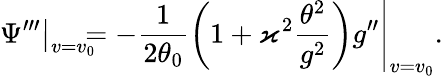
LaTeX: \left.\Psi^{\prime\prime\prime}\right\vert_{v=v_{0}}\! \! \! \! =\left.-\frac{1}{2\theta_{0}}\left(1+\varkappa^{2}\frac{\theta^{2}}{g^{2}}\right)g^{\prime\prime}\right\vert_{v=v_{0}}.